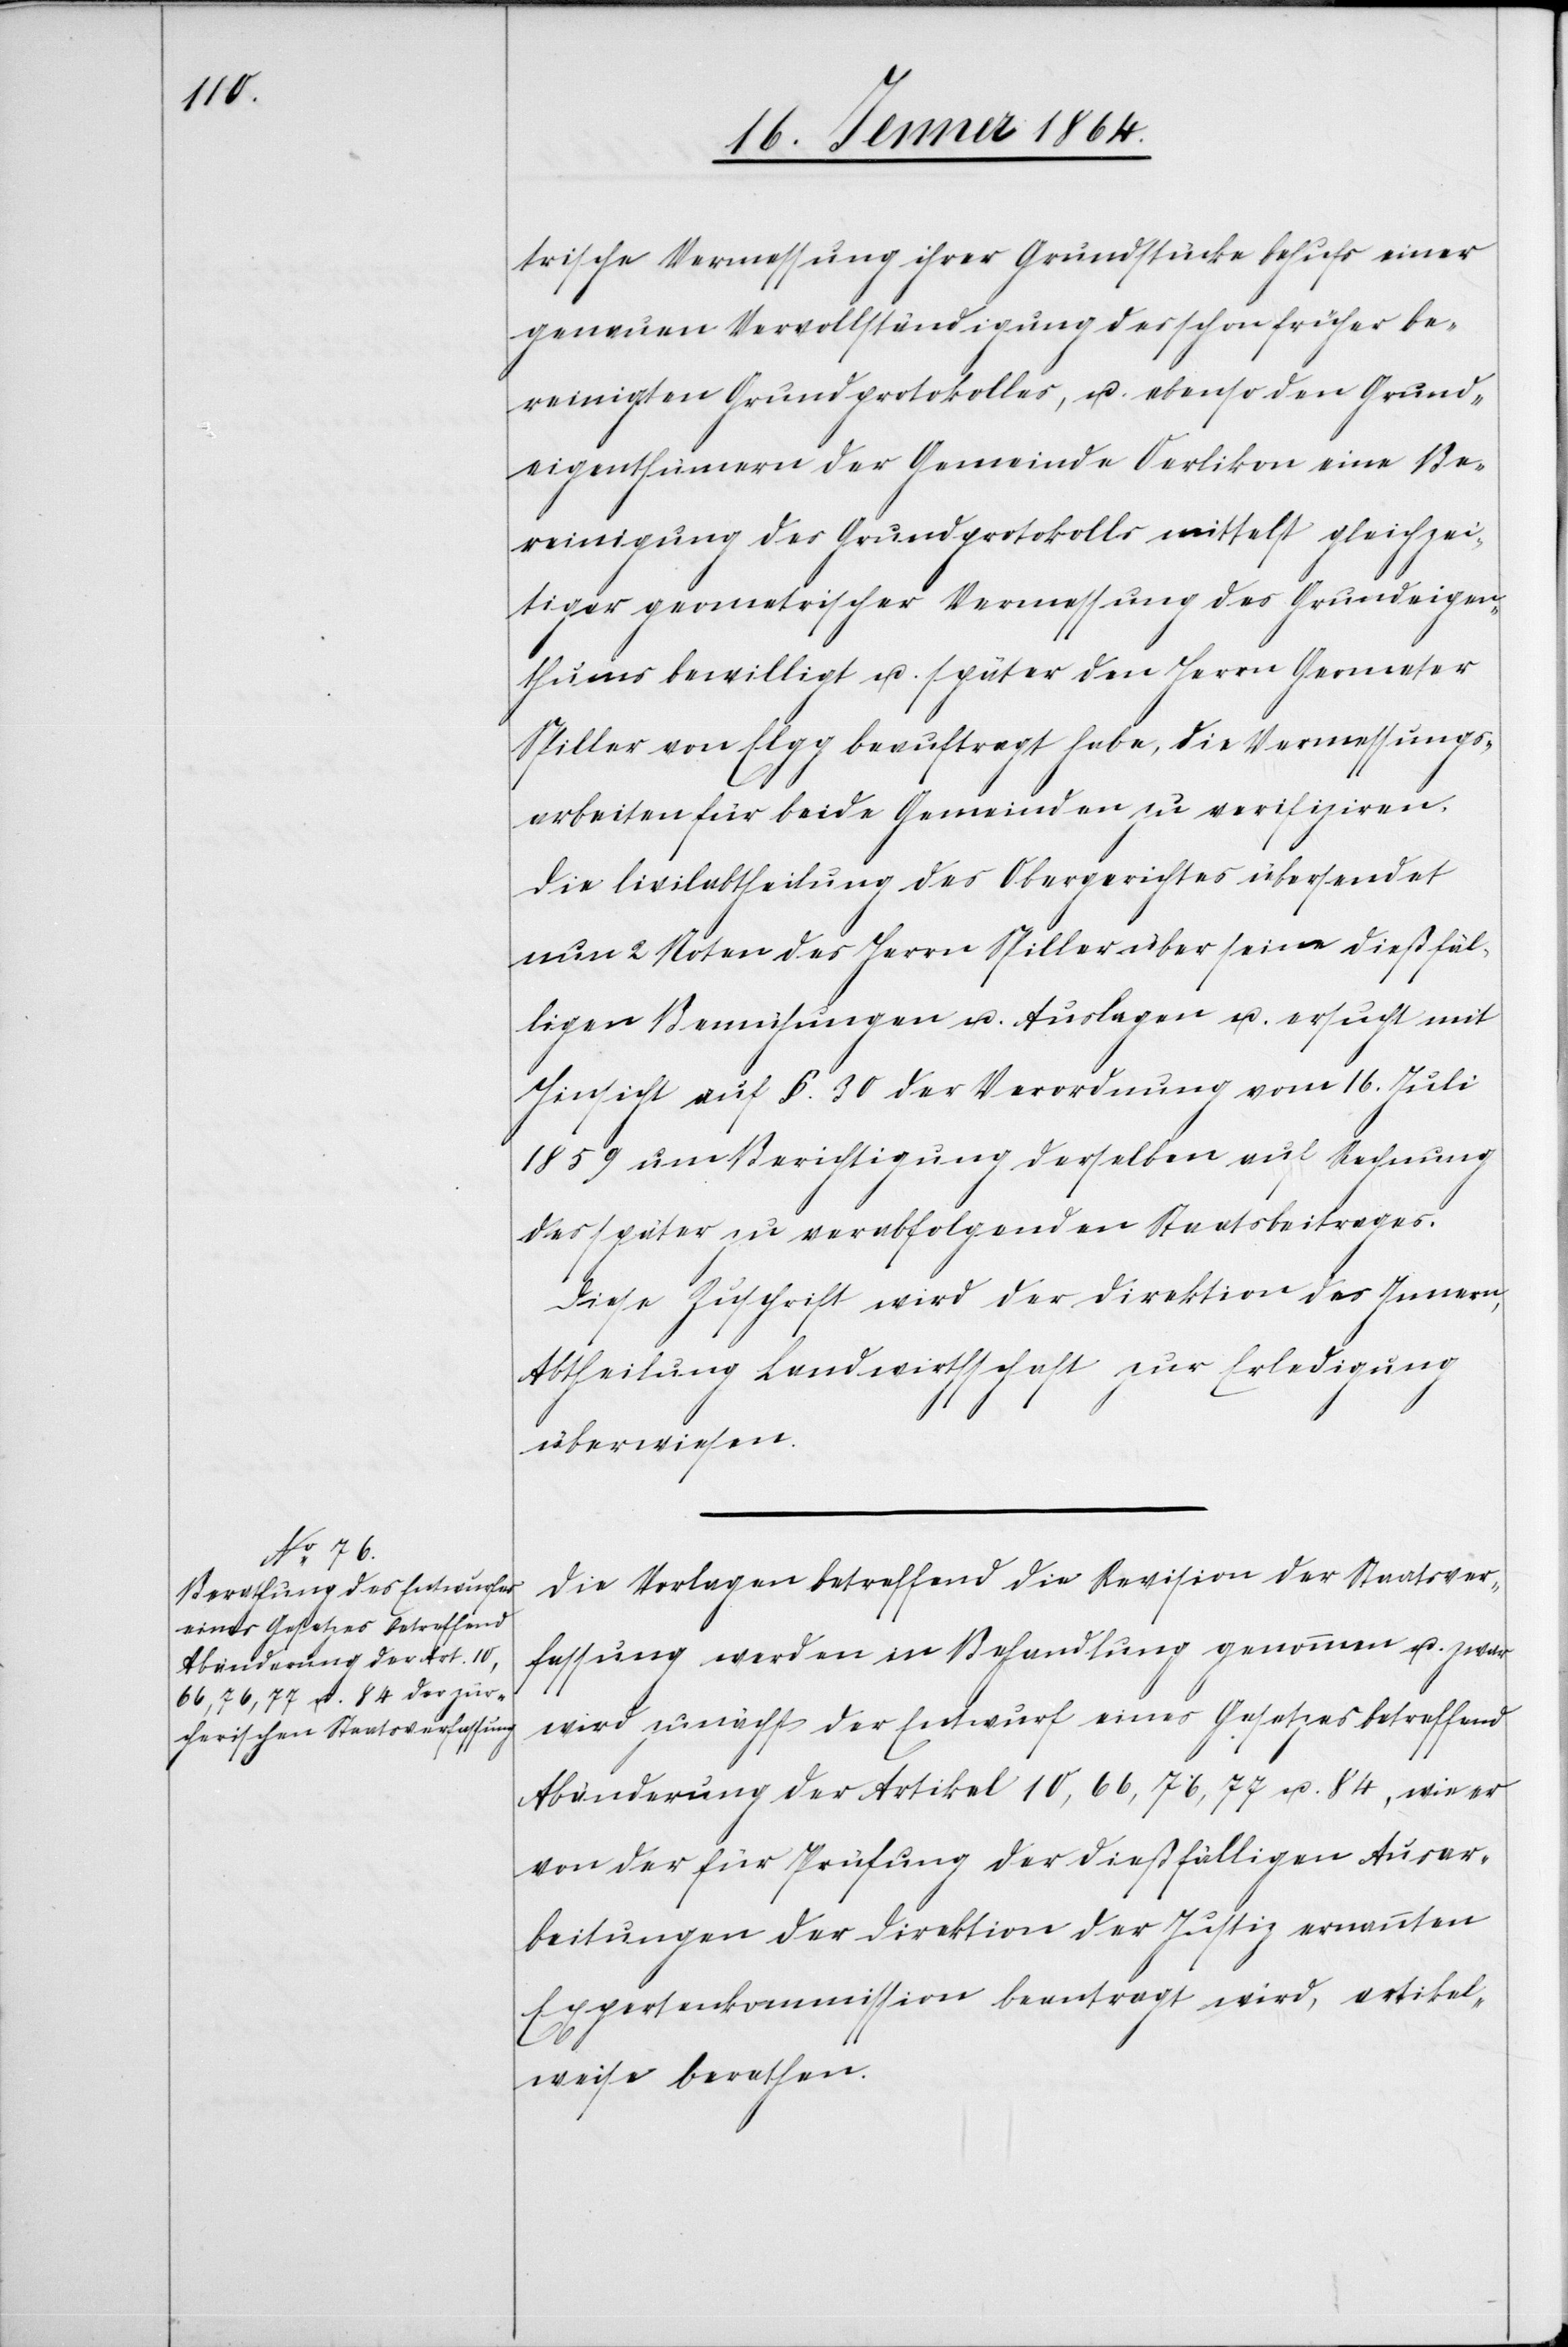
trische Vermessung ihrer Grundstücke behufs einer
genauen Vervollständigung des schon früher be¬
reinigten Grundprotokolls u. ebenso den Grund¬
eigenthümern der Gemeinde Oerlikon eine Be¬
reinigung des Grundprotokolls mittelst gleichzei¬
tiger geometrischer Vermessung des Grundeigen¬
thums bewilligt u. später den Herrn Geometer
Spiller von Elgg beauftragt habe, die Vermessungs¬
arbeiten für beide Gemeinden zu verifizieren.
Die Civilabtheilung des Obergerichtes übersendet
nun 2 Noten des Herrn Spiller über seine dießfäl¬
ligen Bemühungen u. Auslagen u. ersucht mit
Hinsicht auf §. 30 der Verordnung vom 16. Juli
1859 um Berichtigung derselben auf Rechnung
des später zu verabfolgenden Staatsbeitrages.
Diese Zuschrift wird der Direktion des Innern,
Abtheilung Landwirthschaft zur Erledigung
überwiesen.
Die Vorlagen betreffend die Revision der Staatsver¬
fassung werden in Behandlung genommen u. zwar
wird zunächst der Entwurf eines Gesetzes betreffend
Abänderung der Artikel 10, 66, 76, 77 u. 84, wie er
von der für Prüfung der dießfälligen Ausar¬
beitungen der Direktion der Justiz ernannten
Expertenkommission beantragt wird, artikel¬
weise berathen.